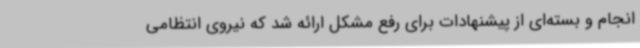
انجام و بسته‌ای از پیشنهادات برای رفع مشکل ارائه شد که نیروی انتظامی